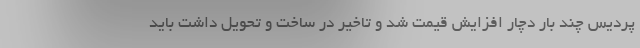
پردیس چند بار دچار افزایش قیمت شد و تاخیر در ساخت و تحویل داشت باید